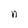
Character: n